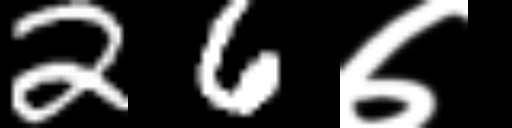
Text: 26७